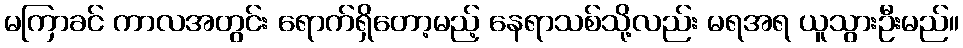
မကြာခင် ကာလအတွင်း ရောက်ရှိတော့မည့် နေရာသစ်သို့လည်း မရအရ ယူသွားဦးမည်။